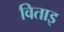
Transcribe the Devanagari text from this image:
विताइ